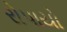
રોપાયો